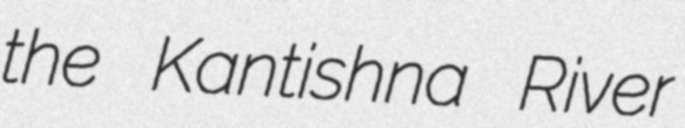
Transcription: the Kantishna River